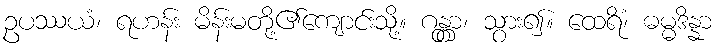
ဥပဿယံ၊ ရဟန်း မိန်းမတို့၏ကျောင်းသို့။ ဂန္တွာ၊ သွား၍။ ထေရိံ၊ ဓမ္မဒိန္နာ